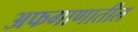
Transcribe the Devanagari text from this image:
अफगाणातील